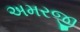
અમરજી